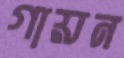
গায়ন